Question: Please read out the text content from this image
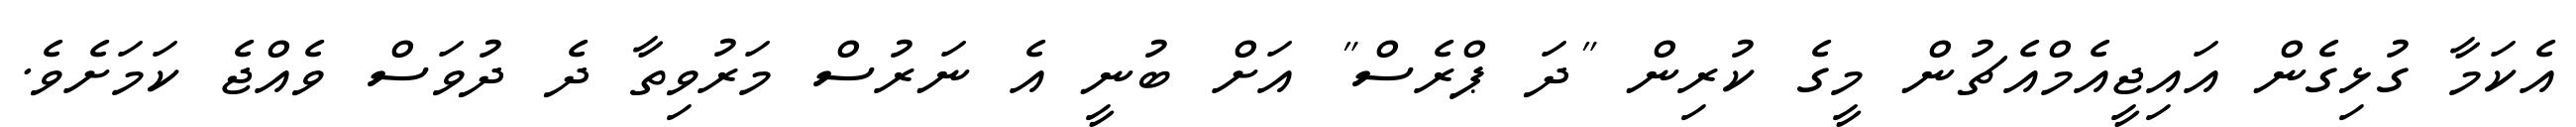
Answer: އެކަމާ ގުޅިގެން އައިޖީއެމްއެޗުން މީގެ ކުރިން "ދަ ޕްރެސް" އަށް ބުނީ އެ ނަރުސް މަރުވިތާ ދެ ދުވަސް ވެއްޖެ ކަމަށެވެ.